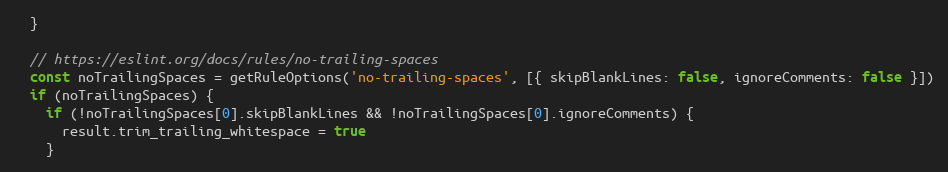
Language: JavaScript
  }

  // https://eslint.org/docs/rules/no-trailing-spaces
  const noTrailingSpaces = getRuleOptions('no-trailing-spaces', [{ skipBlankLines: false, ignoreComments: false }])
  if (noTrailingSpaces) {
    if (!noTrailingSpaces[0].skipBlankLines && !noTrailingSpaces[0].ignoreComments) {
      result.trim_trailing_whitespace = true
    }